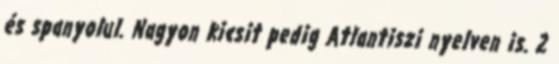
és spanyolul. Nagyon kicsit pedig Atlantiszi nyelven is. 2